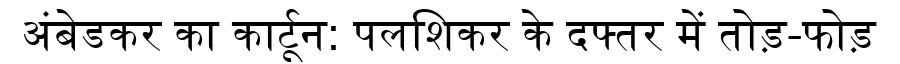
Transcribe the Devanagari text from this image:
अंबेडकर का कार्टून: पलशिकर के दफ्तर में तोड़-फोड़